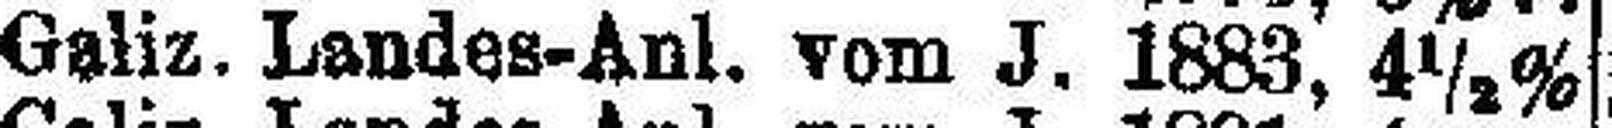
Galiz. Landes-Anl. vom J. 1883, 4½%